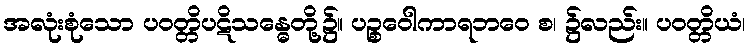
အလုံးစုံသော ပဝတ္တိပဋိသန္ဓေတို့၌။ ပဉ္စဝေါကာရဘဝေ စ၊ ၌လည်း။ ပဝတ္တိယံ၊